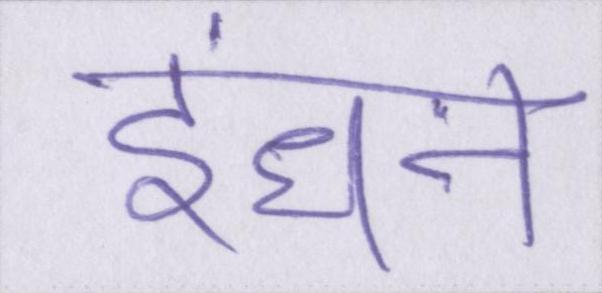
इंधन